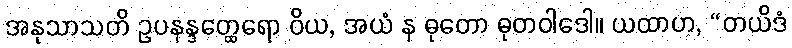
အနုသာသတိ ဥပနန္ဒတ္ထေရော ဝိယ, အယံ န ဓုတော ဓုတဝါဒေါ။ ယထာဟ, “တယိဒံ